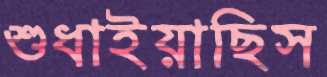
শুধাইয়াছিস